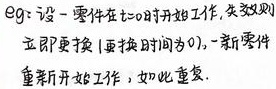
$Eg:$设一零件在$t = 0$时开始工作, 失效则立即更换 (更换时间为 0), 一新零件重新开始工作, 如此重复.